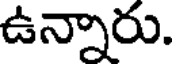
ఉన్నారు.